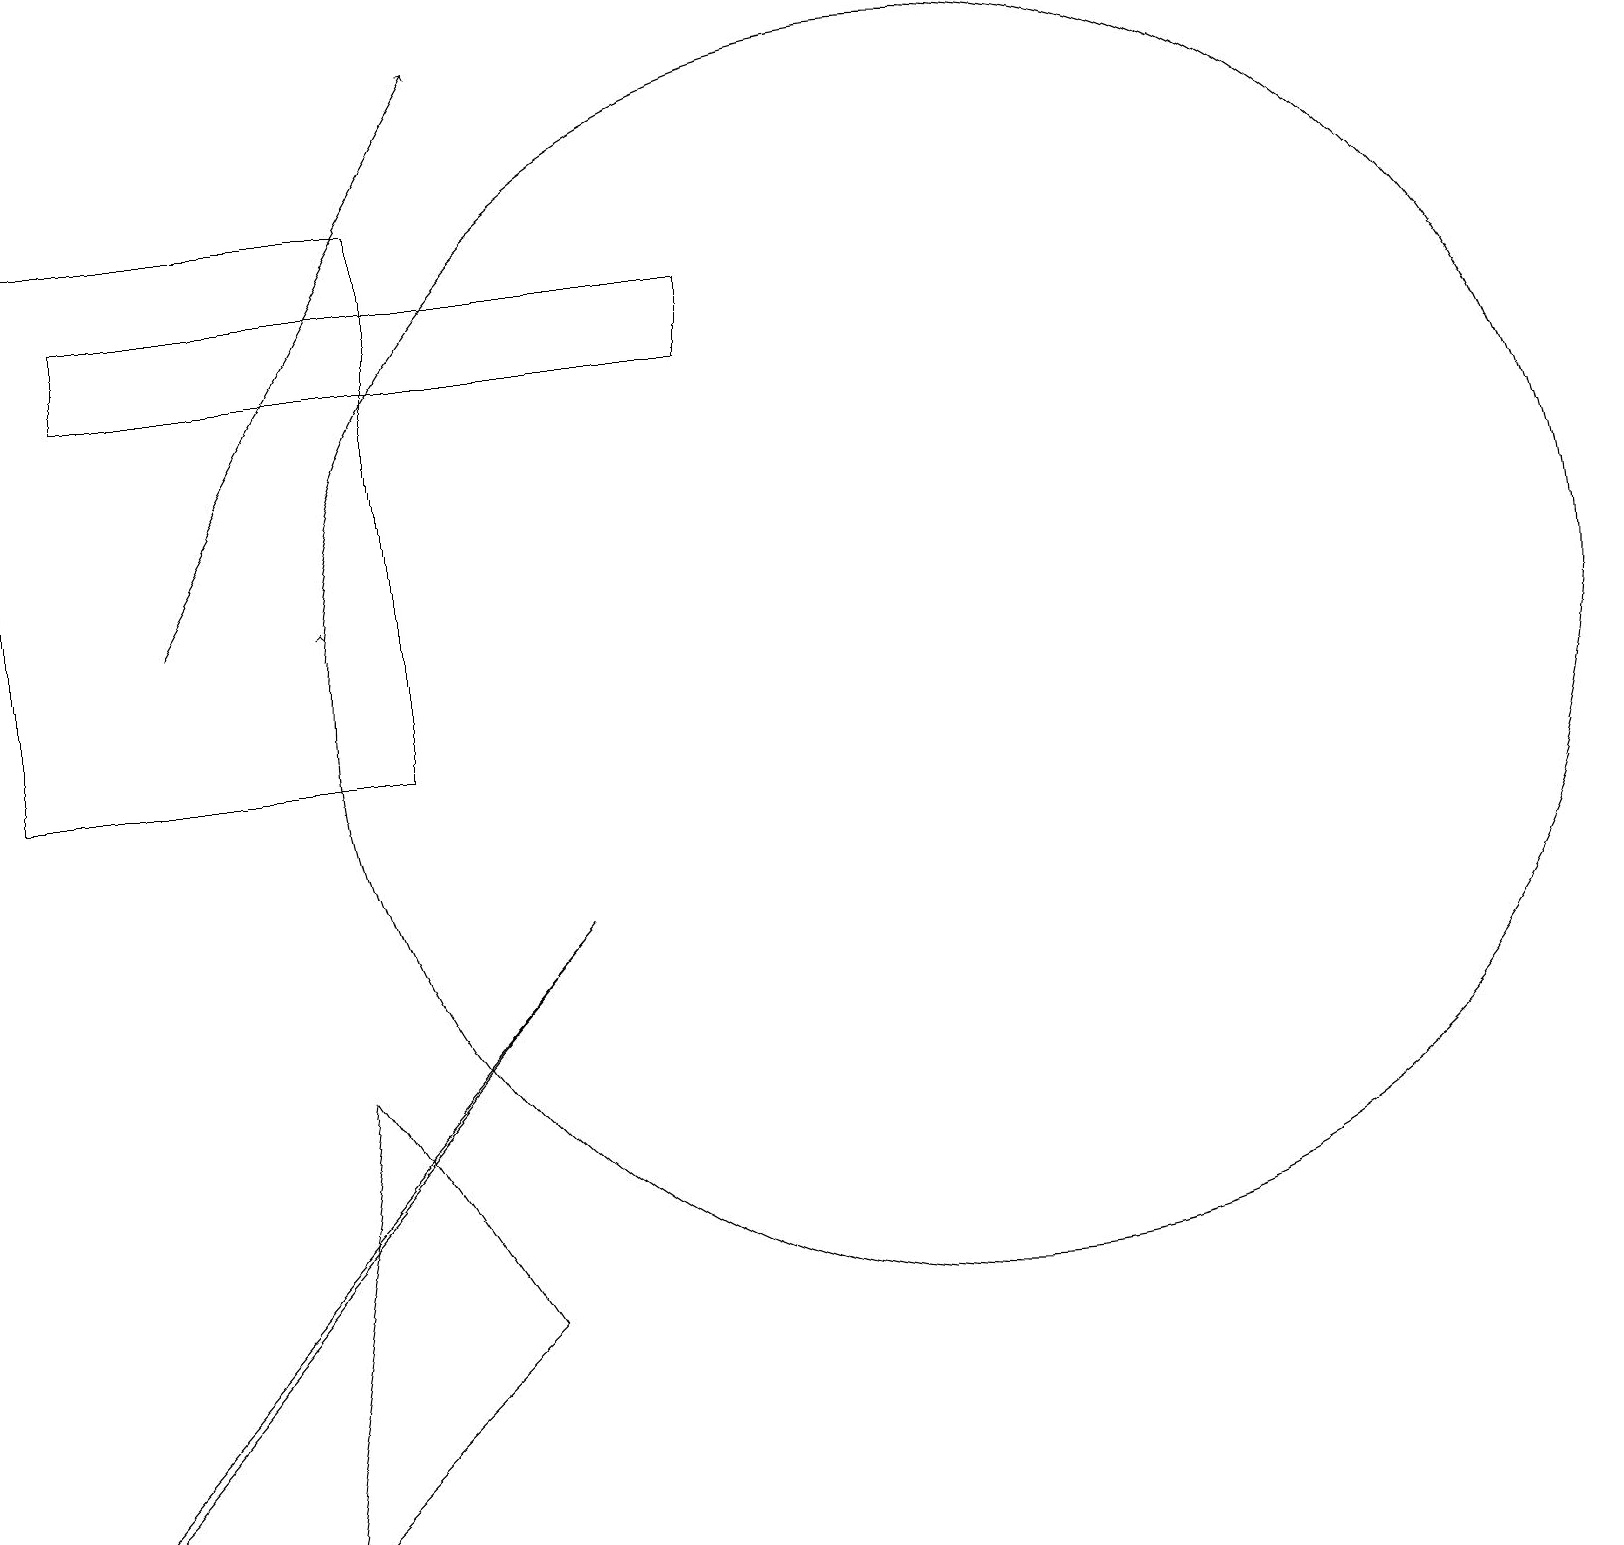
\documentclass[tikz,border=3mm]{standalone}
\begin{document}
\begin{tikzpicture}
\draw (11,10) circle (0);
\draw (3,0) -- (4,6) -- (6,3) -- cycle;
\draw (1,16) rectangle (9,15);
\draw (0,17) rectangle (5,10);
\draw (12,11) circle (8);
\draw (1,1) -- (0,0) -- (7,8) -- cycle;
\draw[->] (2,12) -- (6,19);
\draw[->] (4,12) -- (4,12);
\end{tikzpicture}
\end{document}